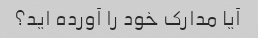
آیا مدارک خود را آورده اید؟